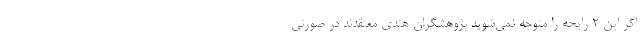
اگر این ۲ رایحه را متوجه نمی‌شوید پژوهشگران هندی معتقدند در صورتی